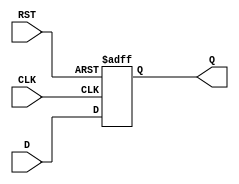
module DataRegister (
    input wire [N-1:0] D,    // Data input
    input wire CLK,           // Clock input
    input wire RST,           // Reset input
    output reg [N-1:0] Q      // Data output
);
    parameter N = 8;          // Parameter for the width of the register (default is 8 bits)

    // Asynchronous reset and synchronous data capture
    always @(posedge CLK or posedge RST) begin
        if (RST) begin
            Q <= {N{1'b0}};    // Reset output to 0
        end else begin
            Q <= D;            // Capture input data on clock edge
        end
    end
endmodule